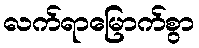
လက်ရာမြောက်စွာ